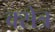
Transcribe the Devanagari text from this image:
क्सेत्र